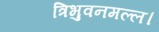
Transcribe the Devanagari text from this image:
त्रिभुवनमल्ल।